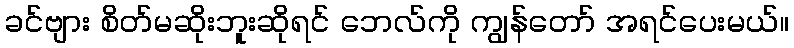
ခင်ဗျား စိတ်မဆိုးဘူးဆိုရင် ဘေလ်ကို ကျွန်တော် အရင်ပေးမယ်။